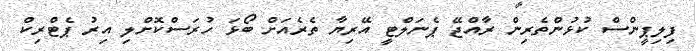
ފިލިޕީންސް ކުޅުންތެރިން ރާއްޖޭ ޕެނަލްޓީ އޭރިޔާ ތެރެއަށް ބޯޅަ ހުރަސްކޮށްލި އިރު ޕެޓްރިކް